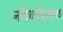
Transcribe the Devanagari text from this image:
नोंदणीपुस्तक